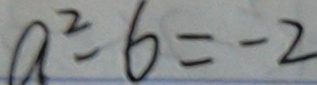
a ^ { 2 } - 6 = - 2